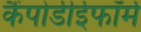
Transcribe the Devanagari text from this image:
कैंपोडीईफॉर्म